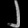
Digit: ၂